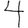
Digit: 4